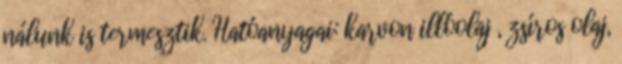
nálunk is termesztik. Hatóanyagai: karvon illóolaj , zsíros olaj,